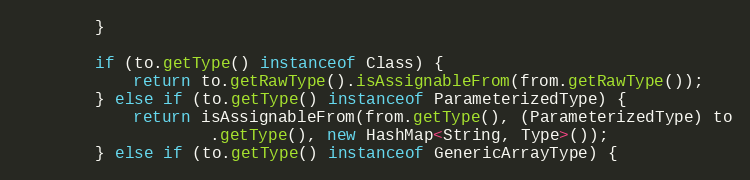
Language: Java
		}

		if (to.getType() instanceof Class) {
			return to.getRawType().isAssignableFrom(from.getRawType());
		} else if (to.getType() instanceof ParameterizedType) {
			return isAssignableFrom(from.getType(), (ParameterizedType) to
					.getType(), new HashMap<String, Type>());
		} else if (to.getType() instanceof GenericArrayType) {